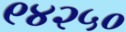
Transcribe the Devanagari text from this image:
९४२५०